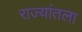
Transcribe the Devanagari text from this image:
राज्यांतला